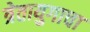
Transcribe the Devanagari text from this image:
त्रेतायुगाचा